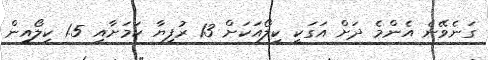
ގަނެވޭނެ އެންމެ ދަށް އަގަކީ ކިލޯއަކަށް 13 ރުފިޔާ ކަމަށާއި 1.5 ކިލޯއިން